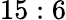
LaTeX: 15:6